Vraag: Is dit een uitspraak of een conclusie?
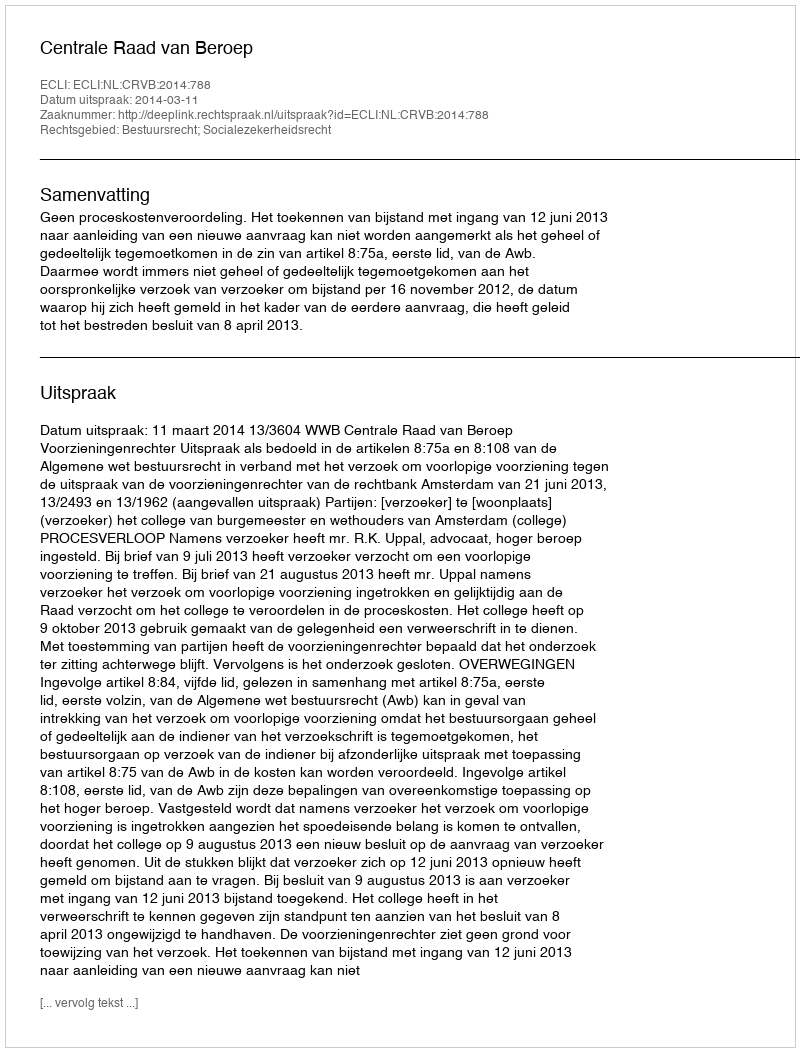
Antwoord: Uitspraak